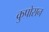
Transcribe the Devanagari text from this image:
कुपोसन